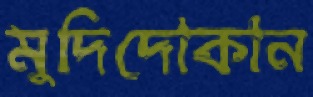
মুদিদোকান